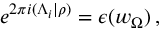
e ^ { 2 \pi i ( \Lambda _ { i } | \rho ) } = \epsilon ( w _ { \Omega } ) \, ,